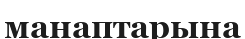
манаптарына